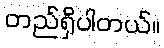
တည်ရှိပါတယ်။